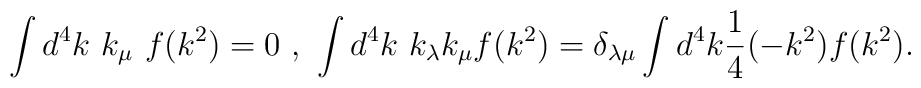
\int d^4k\ k_\mu\ f(k^2)=0\ ,\ \int d^4k\ k_\lambda k_\mu f(k^2)=\delta_{\lambda\mu}\int d^4k \frac{1}{4}(-k^2)f(k^2).